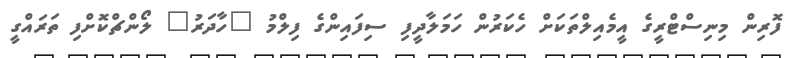
ފޮރިން މިނިސްޓްރީގެ އީމެއިލްތަކަށް ހެކަރުން ހަމަލާދީފި ސިފައިންގެ ފިލްމު "ހާދަރު" ލޯންޗްކޮށްފި ތަރައްގީ